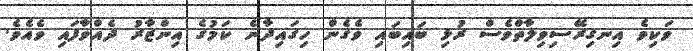
ވަކިވެ އިނގިރޭސިވިލާތްވެސް ރުޅި ބައިބައި ވެގެން ހިގައިދާނެ ކަމުގެ އިންޒާރު ދެއްވާފައި ވެއެވެ.